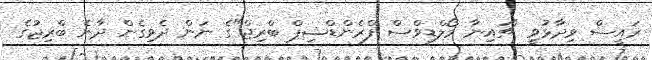
ރައީސް ވިދާޅުވީ "ޗައިނާ މޯލްޑިވްސް ފްރެންޑްޝިޕް ބްރިޖް"ގެ ނަން ދެވިގެން ދާނެ ބްރިޖުގެ